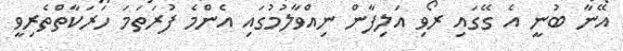
އޭނާ ބުނީ އެ ގޭގައި ރޯވި އަލިފާން ނިއްވާލުމުގައި އެންމެ ފުރަތަމަ ހަރަކާތްތެރިވީ